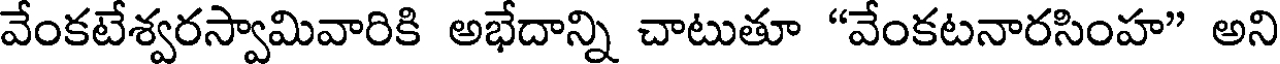
వేంకటేశ్వరస్వామివారికి అభేదాన్ని చాటుతూ "వేంకటనారసింహ" అని